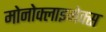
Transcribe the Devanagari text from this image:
मोनोक्लाइमेक्स